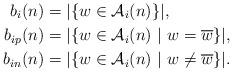
LaTeX: \begin{align*}b_i(n) &=|\{w\in \mathcal{A}_i(n) \}|,\\b_{ip}(n) &= |\{w \in \mathcal{A}_i(n) ~|~ w = \overline{w} \}|,\\b_{in}(n) &= |\{w \in \mathcal{A}_i(n) ~|~ w \neq \overline{w} \}|.\end{align*}